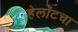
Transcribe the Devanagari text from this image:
हेलॉटचा